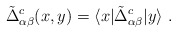
\begin{align*}\tilde{\Delta}^c_{\alpha\beta}(x,y)= \langle x | \tilde{\Delta}^c_{\alpha\beta} | y\rangle\;.\end{align*}